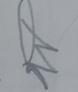
Signature authenticity: forged